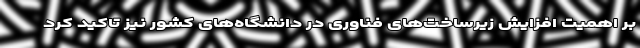
بر اهمیت افزایش زیرساخت‌های فناوری در دانشگاه‌های کشور نیز تاکید کرد